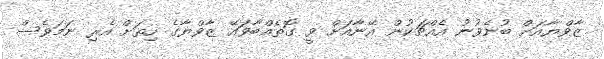
ޒާވްޔާއަށް ބުނެވުނު އެއްޗަކުން އޭނާއަށް ވީ ގޮތެއްބާވައޭ ޒާވްޔާގެ ހިތަށް އެރި ނަމަވެސް